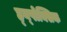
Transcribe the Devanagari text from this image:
ह्य्पोक्सिक